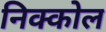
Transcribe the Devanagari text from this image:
निक्कोल